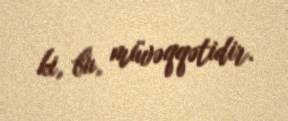
ki, bu, müvəqqətidir.